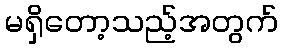
မရှိတော့သည့်အတွက်